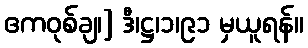
ဧကဝုစ်ချ၊] ဒီ၊ဋ္ဌ၊၁၊၉၁ မှယူရန်။